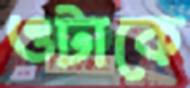
ওটাকে